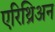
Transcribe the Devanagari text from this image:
एरिथ्रिअन